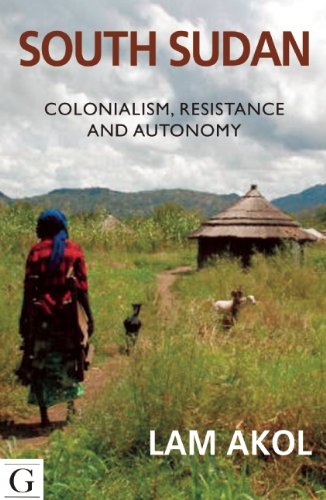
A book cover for South Sudan: Colonialism, Resistance and Autonomy; Lam Akol; History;